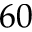
6 0